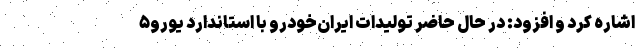
اشاره کرد و افزود: در حال حاضر تولیدات ایران‌خودرو با استاندارد یورو۵